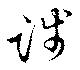
踐